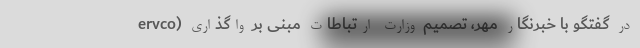
ervco) در گفتگو با خبرنگار مهر، تصمیم وزارت ارتباطات مبنی بر واگذاری